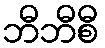
ဘီဘီစီ